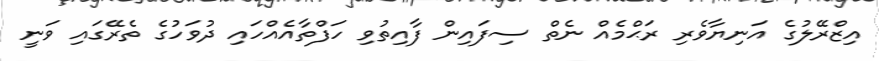
އިޒްރޭލުގެ އަނިޔާވެރި ރަޙްމެއް ނެތް ސިފައިން ފާއިތުވި ހަފްތާއެއްހައި ދުވަހުގެ ތެރޭގައި ވަނީ